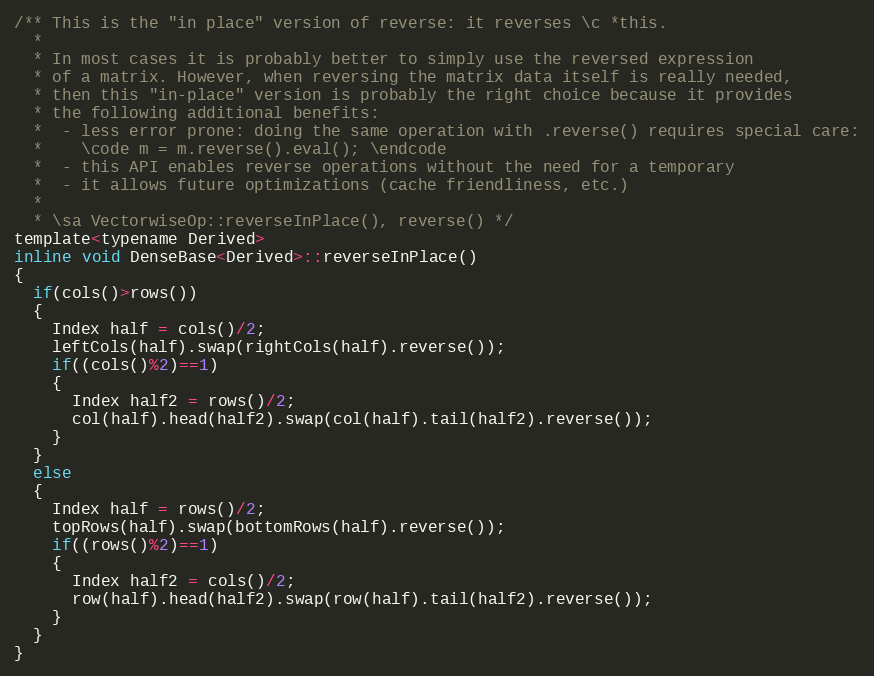
Language: C
/** This is the "in place" version of reverse: it reverses \c *this.
  *
  * In most cases it is probably better to simply use the reversed expression
  * of a matrix. However, when reversing the matrix data itself is really needed,
  * then this "in-place" version is probably the right choice because it provides
  * the following additional benefits:
  *  - less error prone: doing the same operation with .reverse() requires special care:
  *    \code m = m.reverse().eval(); \endcode
  *  - this API enables reverse operations without the need for a temporary
  *  - it allows future optimizations (cache friendliness, etc.)
  *
  * \sa VectorwiseOp::reverseInPlace(), reverse() */
template<typename Derived>
inline void DenseBase<Derived>::reverseInPlace()
{
  if(cols()>rows())
  {
    Index half = cols()/2;
    leftCols(half).swap(rightCols(half).reverse());
    if((cols()%2)==1)
    {
      Index half2 = rows()/2;
      col(half).head(half2).swap(col(half).tail(half2).reverse());
    }
  }
  else
  {
    Index half = rows()/2;
    topRows(half).swap(bottomRows(half).reverse());
    if((rows()%2)==1)
    {
      Index half2 = cols()/2;
      row(half).head(half2).swap(row(half).tail(half2).reverse());
    }
  }
}